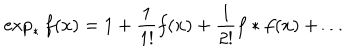
LaTeX: \exp _ { * } f ( x ) = 1 + \frac { 1 } { 1 ! } f ( x ) + \frac { 1 } { 2 ! } f * f ( x ) + \dots